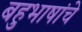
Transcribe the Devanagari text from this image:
बहुभाषांचे